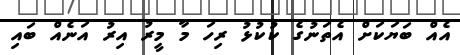
އެއް ބަޔަކަށް އެތަނުގެ ކުކުޅު ރިހަ މާ މީރު އިރު އަނެއް ބައި